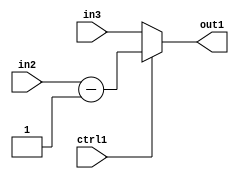
`timescale 1ps / 1ps
/*****************************************************************************
    Verilog RTL Description
    
    
    Created by: Stratus DpOpt 2019.1.01 
*******************************************************************************/

module in_buff_MuxSubi1u3u3u1_4 (
	in3,
	in2,
	ctrl1,
	out1
	); /* architecture "behavioural" */ 
input [2:0] in3,
	in2;
input  ctrl1;
output [2:0] out1;
wire [2:0] asc001,
	asc003;

assign asc003 = 
	+(in2)
	-(3'B001);

reg [2:0] asc001_tmp_0;
assign asc001 = asc001_tmp_0;
always @ (ctrl1 or asc003 or in3) begin
	case (ctrl1)
		1'B1 : asc001_tmp_0 = asc003 ;
		default : asc001_tmp_0 = in3 ;
	endcase
end

assign out1 = asc001;
endmodule

/* CADENCE  uLnzTwg= : u9/ySgnWtBlWxVPRXgAZ4Og= ** DO NOT EDIT THIS LINE ******/